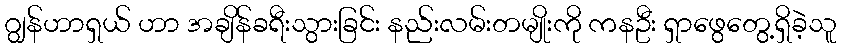
ဂျွန်ဟာရှယ် ဟာ အချိန်ခရီးသွားခြင်း နည်းလမ်းတမျိုးကို ကနဦး ရှာဖွေတွေ့ရှိခဲ့သူ